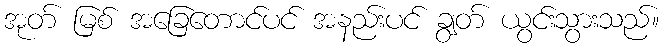
အုတ် မြစ် အခြေတောင်ပင် အနည်းပင် ချွတ် ယွင်းသွားသည်။